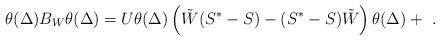
LaTeX: \begin{align*}\theta(\Delta)B_W\theta(\Delta) = U\theta(\Delta) \left( \tilde{W}(S^*-S)-(S^*-S)\tilde{W}\right) \theta(\Delta) + \ . \end{align*}